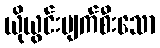
ယိုယွင်းပျက်စီးသော